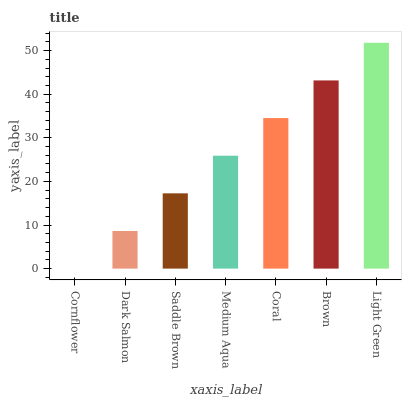
| xaxis_label | bars |
 | --- | --- |
 | Cornflower | 0 |
 | Dark Salmon | 8.63 |
 | Saddle Brown | 17.3 |
 | Medium Aqua | 25.9 |
 | Coral | 34.5 |
 | Brown | 43.2 |
 | Light Green | 51.8 |